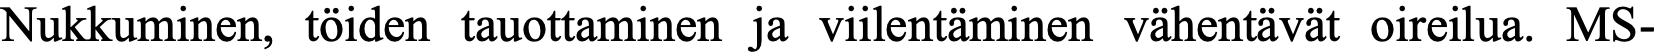
Nukkuminen, töiden tauottaminen ja viilentäminen vähentävät oireilua. MS-